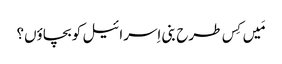
مَیں کِس طرح بنی اِسرائیل کو بچاؤں؟